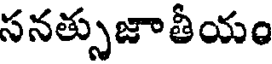
సనత్సుజాతీయం